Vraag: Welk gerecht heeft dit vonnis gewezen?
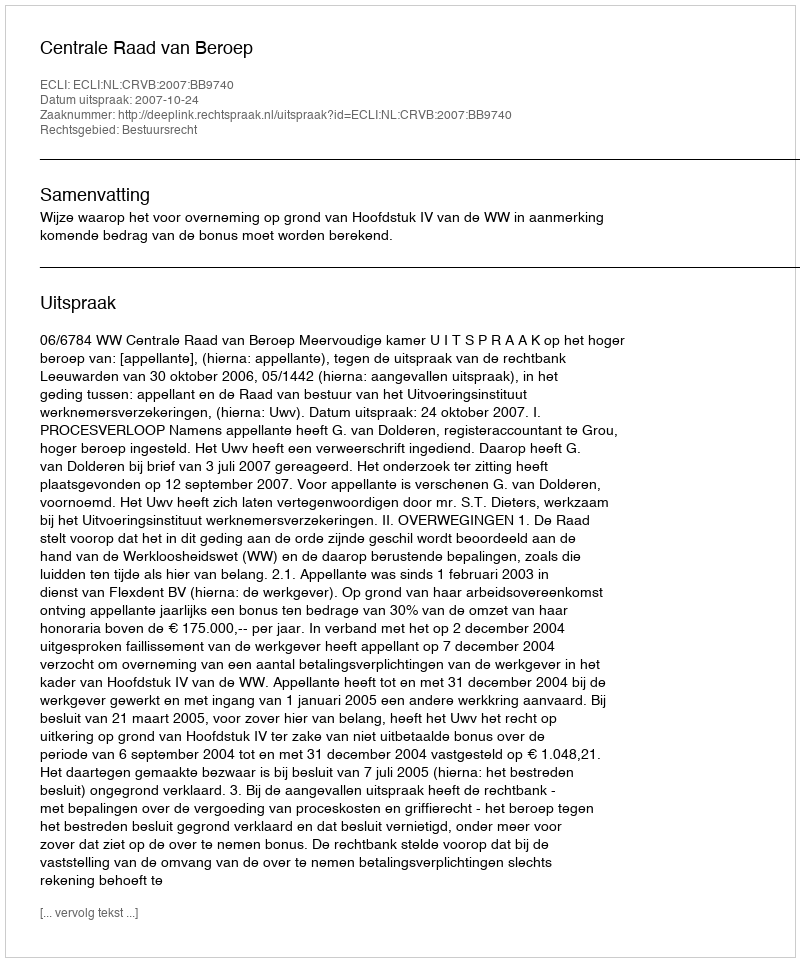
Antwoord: Centrale Raad van Beroep